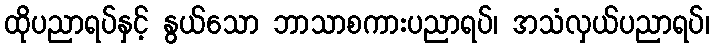
ထိုပညာရပ်နှင့် နွယ်သော ဘာသာစကားပညာရပ်၊ အသံလှယ်ပညာရပ်၊